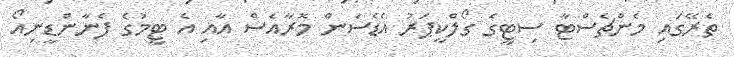
ތެރޭގައި މެންޗެސްޓާ ސިޓީގެ ގޯލްކީޕަރު އެޑެސަން މޮރާއެސް އާއި އެ ޓީމުގެ ފެނާންޑީނިއޯ